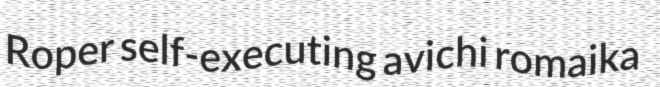
Roper self-executing avichi romaika